Report of the Municipal Commissioner on the plague in Bombay for the year ending 31st May... - Volume 1
Disease focus: Plague
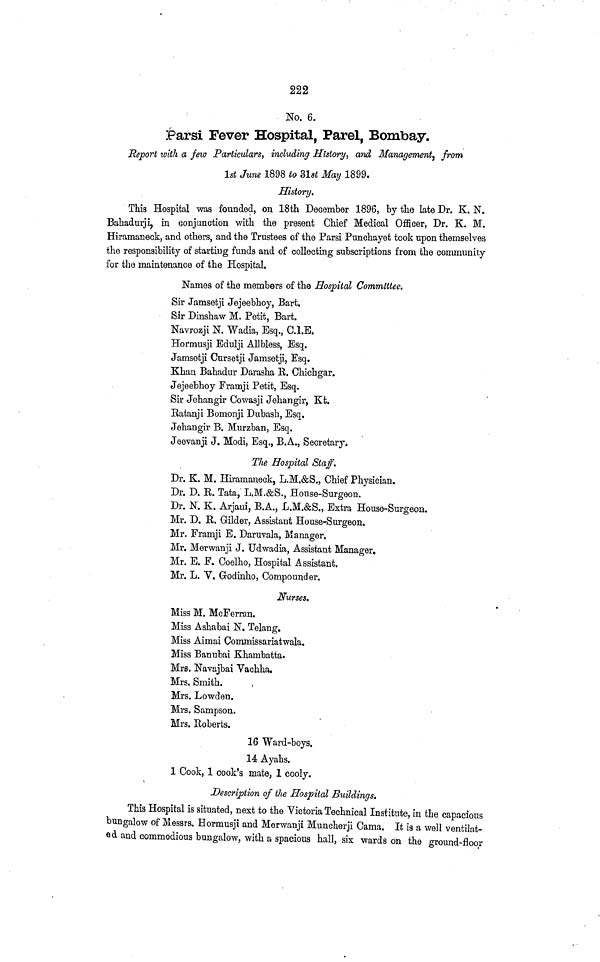
222
No. 6.
Parsi Fever Hospital, Parel, Bombay.
Report with a few Particulars, including History, and Management, from
1st June 1898 to 31st May 1899.
History.
This Hospital was founded, on 18th December 1896, by the late Dr. K. N.
Bahadurji, in conjunction with the present Chief Medical Officer, Dr. K. M.
Hiramaneck, and others, and the Trustees of the Parsi Punchayet took upon themselves
the responsibility of starting funds and of collecting subscriptions from the community
for the maintenance of the Hospital.
Names of the members of the Hospital Committee.
Sir Jamsetji Jejeebhoy, Bart.
Sir Dinshaw M. Petit, Bart.
Navrozji N. Wadia, Esq., C.l.E.
Hormusji Edulji Allbless, Esq.
Jamsetji Cursetji Jamsetji, Esq.
Khan Bahadur Darasha R. Chichgar.
Jejeebhoy Framji Petit, Esq.
Sir Jehangir Cowasji Jehangir, Kt.
Ratanji Bomonji Dubash, Esq.
Jehangir B. Murzban, Esq.
Jeevanji J. Modi, Esq., B.A., Secretary,
The Hospital Staff.
Dr. K. M. Hiramaneck, L.M.&S., Chief Physician.
Dr. D. E. Tata, L.M.&S., House-Surgeon.
Dr. N. K. Arjani, B.A., L.M.&S., Extra House-Surgeon.
Mr. D. E. Gilder, Assistant House-Surgeon.
Mr. Framji E. Daruvala, Manager.
Mr. Merwanji J. Udwadia, Assistant Manager.
Mr. E. F. Coelho, Hospital Assistant.
Mr. L. V. Godinho, Compounder.
Nurses.
Miss M. McFerran.
Miss Ashabai N. Telang.
Miss Aimai Commissariatwala.
Miss Banubai Khambatta.
Mrs. Navajbai Vachha.
Mrs. Smith.
Mrs. Lowden.
Mrs. Sampson.
Mrs. Roberts.
16 Ward-boys.
14 Ayahs.
1 Cook, 1 cook's mate, 1 cooly.
Description of the Hospital Buildings.
This Hospital is situated, next to the Victoria Technical Institute, in the capacious
bungalow of Messrs. Hormusji and Merwanji Muncherji Cama. It is a well ventilat-
ed and commodious bungalow, with a spacious hall, six wards on the ground-floor